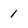
Character: 1